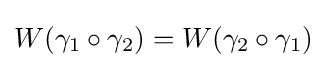
W(\gamma _{1}\circ \gamma _{2})=W(\gamma _{2}\circ \gamma _{1})